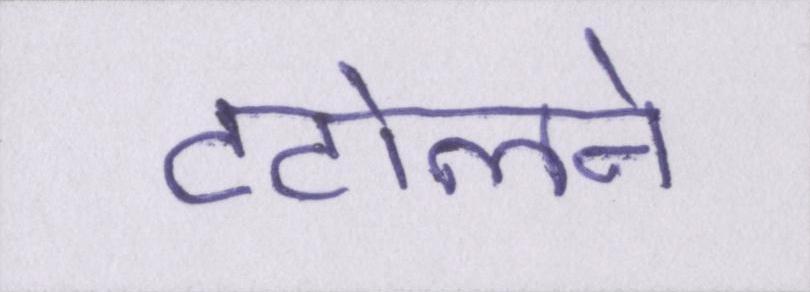
टटोलने